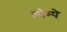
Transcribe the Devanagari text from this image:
लोम्पे